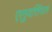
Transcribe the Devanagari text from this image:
एलुवत्तिंगल